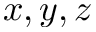
x , y , z